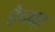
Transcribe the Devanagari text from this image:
हैनाह